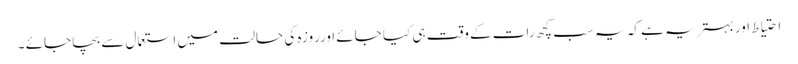
احتیاط اوربہتر یہ ہے کہ یہ سب کچھ رات کےوقت ہی کیا جائے اورروزہ کی حالت میں استعمال سے بچا جائے ۔